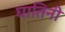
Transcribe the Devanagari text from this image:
घातिनी